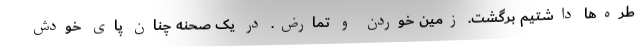
طره‌ها داشتیم برگشت. زمین خوردن و تمارض. در یک صحنه چنان پای خودش